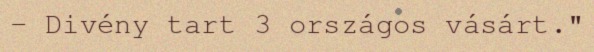
– Divény tart 3 országos vásárt."